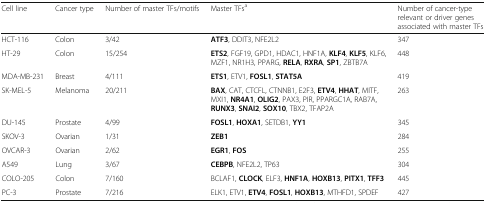
<table><thead><tr><td><b>Cell line</b></td><td><b>Cancer type</b></td><td><b>Number of master TFs/motifs</b></td><td><b>Master TFs<sup>a</sup></b></td><td><b>Number of cancer-type relevant or driver genes associated with master TFs</b></td></tr></thead><tbody><tr><td>HCT-116</td><td>Colon</td><td>3/42</td><td><b>ATF3</b>, DDIT3, NFE2L2</td><td>347</td></tr><tr><td>HT-29</td><td>Colon</td><td>15/254</td><td><b>ETS2</b>, FGF19, GPD1, HDAC1, HNF1A, <b>KLF4</b>, <b>KLF5</b>, KLF6, MZF1, NR1H3, PPARG, <b>RELA</b>, <b>RXRA</b>, <b>SP1</b>, ZBTB7A</td><td>448</td></tr><tr><td>MDA-MB-231</td><td>Breast</td><td>4/111</td><td><b>ETS1</b>, ETV1, <b>FOSL1</b>, <b>STAT5A</b></td><td>419</td></tr><tr><td>SK-MEL-5</td><td>Melanoma</td><td>20/211</td><td><b>BAX</b>, CAT, CTCFL, CTNNB1, E2F3, <b>ETV4</b>, <b>HHAT</b>, MITF, MXI1, <b>NR4A1</b>, <b>OLIG2</b>, PAX3, PIR, PPARGC1A, RAB7A, <b>RUNX3</b>, <b>SNAI2</b>, <b>SOX10</b>, TBX2, TFAP2A</td><td>263</td></tr><tr><td>DU-145</td><td>Prostate</td><td>4/99</td><td><b>FOSL1</b>, <b>HOXA1</b>, SETDB1, <b>YY1</b></td><td>345</td></tr><tr><td>SKOV-3</td><td>Ovarian</td><td>1/31</td><td><b>ZEB1</b></td><td>284</td></tr><tr><td>OVCAR-3</td><td>Ovarian</td><td>2/62</td><td><b>EGR1</b>, <b>FOS</b></td><td>255</td></tr><tr><td>A549</td><td>Lung</td><td>3/67</td><td><b>CEBPB</b>, NFE2L2, TP63</td><td>304</td></tr><tr><td>COLO-205</td><td>Colon</td><td>7/160</td><td>BCLAF1, <b>CLOCK</b>, ELF3, <b>HNF1A</b>, <b>HOXB13</b>, <b>PITX1</b>, <b>TFF3</b></td><td>445</td></tr><tr><td>PC-3</td><td>Prostate</td><td>7/216</td><td>ELK1, ETV1, <b>ETV4</b>, <b>FOSL1</b>, <b>HOXB13</b>, MTHFD1, SPDEF</td><td>427</td></tr></tbody></table>